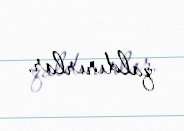
qaldırırlar.